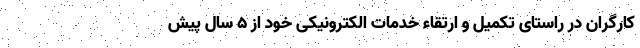
کارگران در راستای تکمیل و ارتقاء خدمات الکترونیکی خود از 5 سال پیش